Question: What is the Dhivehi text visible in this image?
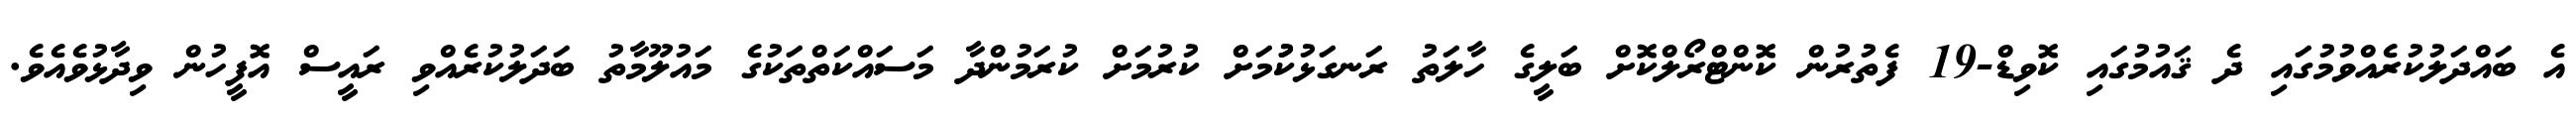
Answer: އެ ބައްދަލުކުރެއްވުމުގައި ދެ ޤައުމުގައި ކޮވިޑް-19 ފެތުރުން ކޮންޓްރޯލްކޮށް ބަލީގެ ހާލަތު ރަނގަޅުކުުމަށް ކުރުމަށް ކުރަމުންދާ މަސައްކަތްތަކުގެ މައުލޫމާތު ބަދަލުކުރެއްވި ރައީސް އޮފީހުން ވިދާޅުވެއެވެ.